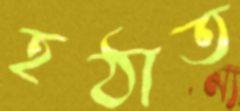
হঠাত